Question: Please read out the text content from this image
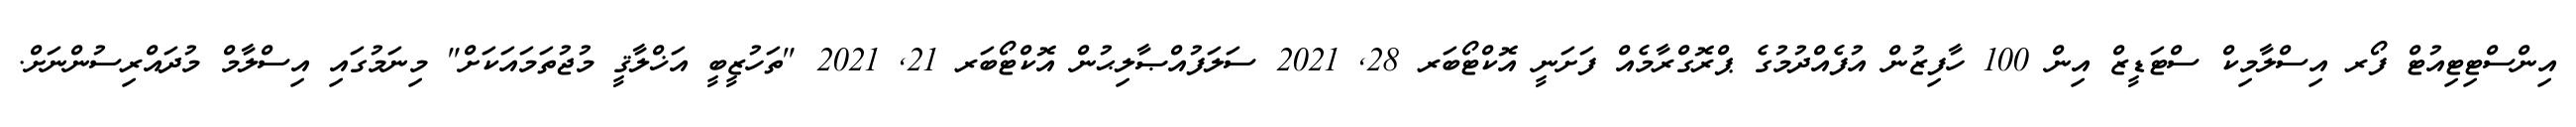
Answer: އިންސްޓިޓިއުޓް ފޯރ އިސްލާމިކް ސްޓަޑީޒް އިން 100 ހާފިޒުން އުފެއްދުމުގެ ޕްރޮގްރާމެއް ފަށަނީ އޮކްޓޯބަރ 28, 2021 ސަލަފުއްޞާލިޙުން އޮކްޓޯބަރ 21, 2021 "ތަހުޒީބީ އަޚްލާޤީ މުޖުތަމައަކަށް" މިނަމުގައި އިސްލާމް މުދައްރިސުންނަށް.